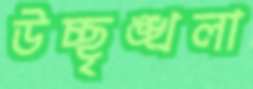
উচ্ছৃঙ্খলা